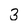
Character: 3